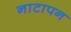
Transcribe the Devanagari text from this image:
नाटापन